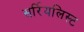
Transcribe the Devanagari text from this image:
सर्रियलिस्ट